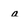
Character: a